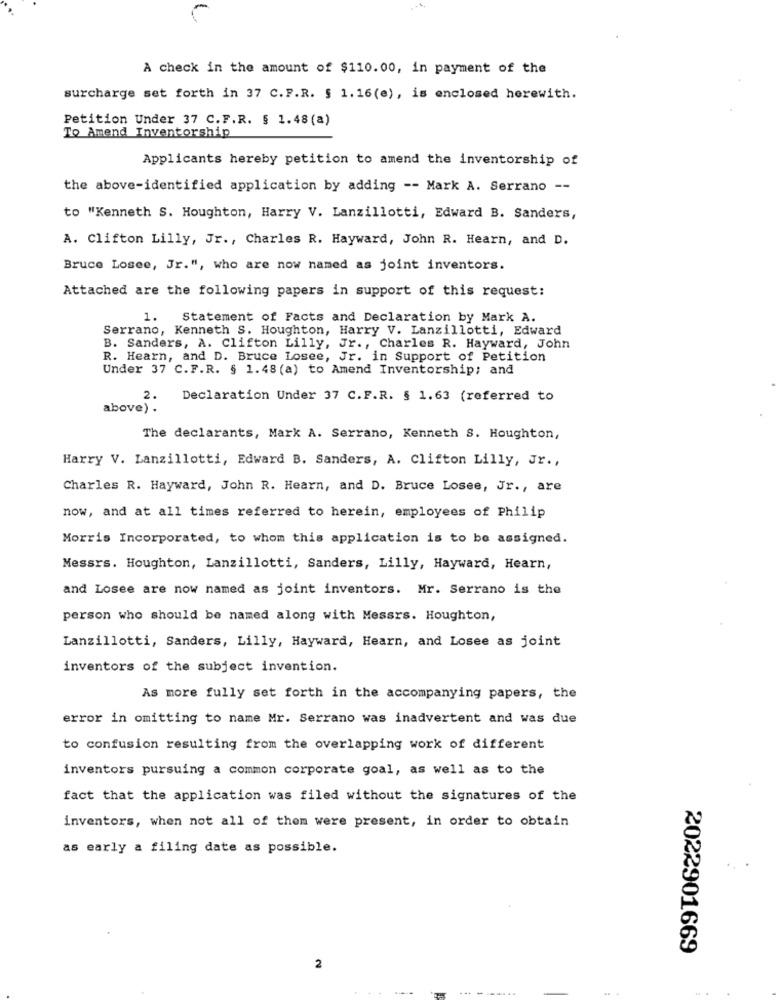
A check in the amount of $110.00, in payment of the
surcharge set forth in 37 C.P.R. § 1.16(e), is enclosed herewith.
Petition Under 37 C.F.R. § 1.48 (a)
To Amend Inventorship
Applicants hereby petition to amend the inventorship of
the above-identified application by adding -- Mark A. Serrano --
to "Kenneth S. Houghton, Harry V. Lanzillotti, Edward B. Sanders,
A. Clifton Lilly, Jr ., Charles R. Hayward, John R. Hearn, and D.
Bruce Losee, Jr.", who are now named as joint inventors.
Attached are the following papers in support of this request:
1.
Statement of Facts and Declaration by Mark A.
Serrano, Kenneth S. Houghton, Harry V. Lanzillotti, Edward
B. Sanders, A. Clifton Lilly, Jr ., Charles R. Hayward, John
R. Hearn, and D. Bruce Losee, Jr. in Support of Petition
Under 37 C.F.R. § 1.48 (a) to Amend Inventorship; and
2.
Declaration Under 37 C.F.R. § 1.63 (referred to
above) .
The declarants, Mark A. Serrano, Kenneth S. Houghton,
Harry V. Lanzillotti, Edward B. Sanders, A. Clifton Lilly, Jr .,
Charles R. Hayward, John R. Hearn, and D. Bruce Loses, Jr ., are
now, and at all times referred to herein, employees of Philip
Morris Incorporated, to whom this application is to be assigned.
Messrs. Houghton, Lanzillotti, Sanders, Lilly, Hayward, Hearn,
and Losee are now named as joint inventors. Mr. Serrano is the
person who should be named along with Messrs. Houghton,
Lanzillotti, Sanders, Lilly, Hayward, Hearn, and Losee as joint
inventors of the subject invention.
As more fully set forth in the accompanying papers, the
error in omitting to name Mr. Serrano was inadvertent and was due
to confusion resulting from the overlapping work of different
inventors pursuing a common corporate goal, as well as to the
fact that the application was filed without the signatures of the
inventors, when not all of them were present, in order to obtain
as early a filing date as possible.
2022901669
2